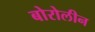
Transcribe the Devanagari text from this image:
बोरोलीन